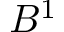
B ^ { 1 }